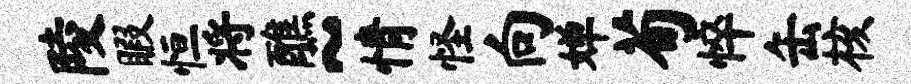
陵暇恒将醮~情怪向婵荀悴缶核